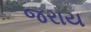
જરાય